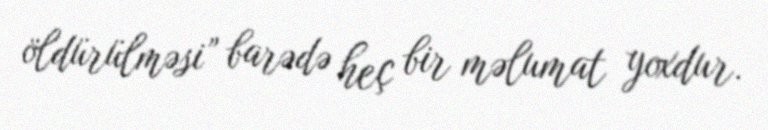
öldürülməsi” barədə heç bir məlumat yoxdur.